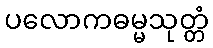
ပလောကဓမ္မသုတ္တံ